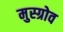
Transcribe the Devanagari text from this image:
मुस्ग्रोव